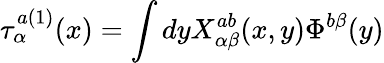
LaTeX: \tau_{\alpha}^{a(1)}(x)=\int dyX_{\alpha\beta}^{ab}(x,y)\Phi^{b\beta}(y)